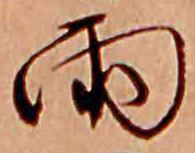
雨